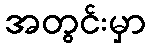
အတွင်းမှာ